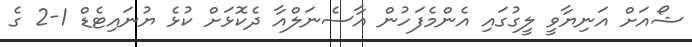
ޝޯއަށް އަނިޔާވީ ލީގުގައި އެންމެފަހުން އާސެނަލްއާ ދެކޮޅަށް ކުޅެ ޔުނައިޓެޑް 1-2 ގެ